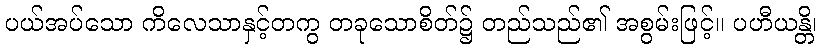
ပယ်အပ်သော ကိလေသာနှင့်တကွ တခုသောစိတ်၌ တည်သည်၏ အစွမ်းဖြင့်။ ပဟီယန္တိ၊